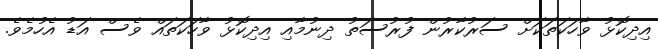
އިދިކޮޅު ވާހަކަތަކަށް ސަރުކާރުން ފުރުސަތު ދިނުމާއި އިދިކޮޅު ވާހަކަތައް ވެސް އަޑު އެހުމެވެ.